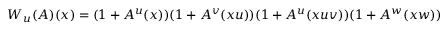
W _ { u } ( A ) ( x ) = ( 1 + A ^ { u } ( x ) ) ( 1 + A ^ { v } ( x u ) ) ( 1 + A ^ { u } ( x u v ) ) ( 1 + A ^ { w } ( x w ) )